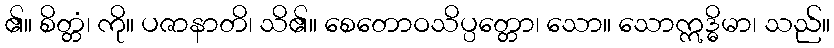
၏။ စိတ္တံ၊ ကို။ ပဇာနာတိ၊ သိ၏။ စေတောဝသိပ္ပတ္တော၊ သော။ သောဣဒ္ဓိမာ၊ သည်။